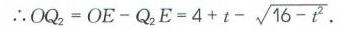
\(\therefore OQ_{2}=OE - Q_{2}E = 4 + t-\sqrt{16 - t^{2}}\)